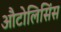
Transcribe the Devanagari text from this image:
औटोलिसिंस